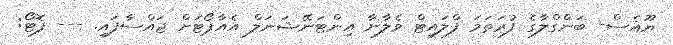
ޔޫއެސް- ބަންގްލާގެ ފުރަތަމަ ފްލައިޓް ވެލާނާ އިންޓަނޭޝަނަލް އެއާޕޯޓަށް ޖައްސާފައި. --- ފޮޓޯ: